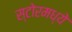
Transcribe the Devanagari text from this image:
स्टोरमध्ये